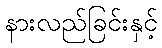
နားလည်ခြင်းနှင့်